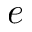
e